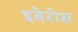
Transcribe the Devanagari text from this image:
इबेरोस